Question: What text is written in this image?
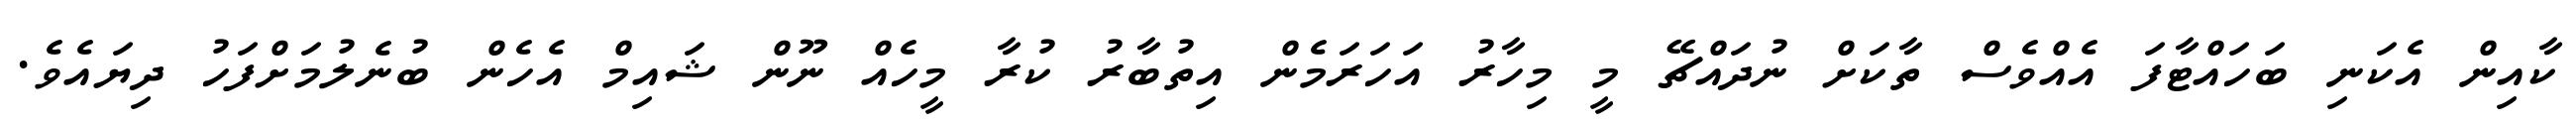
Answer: ކާއިން އެކަނި ބަހައްޓާފަ އެއްވެސް ތާކަށް ނުދައްޗޭ މީ މިހާރު އަހަރަމެން އިތުބާރު ކުރާ މީހެއް ނޫން ޝައިމް އެހެން ބުނެލުމަށްފަހު ދިޔައެވެ.